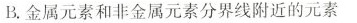
B.金属元素和非金属元素分界线附近的元素